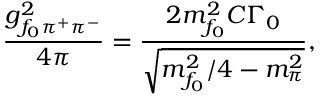
\frac { g _ { f _ { 0 } \pi ^ { + } \pi ^ { - } } ^ { 2 } } { 4 \pi } = \frac { 2 m _ { f _ { 0 } } ^ { 2 } C \Gamma _ { 0 } } { \sqrt { m _ { f _ { 0 } } ^ { 2 } / 4 - m _ { \pi } ^ { 2 } } } ,